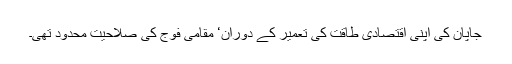
جاپان کی اپنی اقتصادی طاقت کی تعمیر کے دوران‘ مقامی فوج کی صلاحیت محدود تھی۔